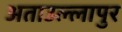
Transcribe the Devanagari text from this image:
अताउल्लापुर